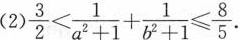
(2)$$\frac { 3 } { 2 } < \frac { 1 } { a ^ { 2 } + 1 } + \frac { 1 } { b ^ { 2 } + 1}≤ \frac{8}{5}$$ .